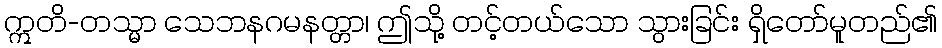
ဣတိ-တသ္မာ သေဘနဂမနတ္တာ၊ ဤသို့ တင့်တယ်သော သွားခြင်း ရှိတော်မူတည်၏